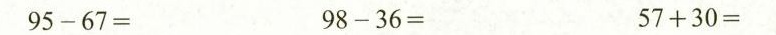
$$9 5 - 6 7 =$$ $$9 8 - 3 6 =$$ $$5 7 + 3 0 =$$